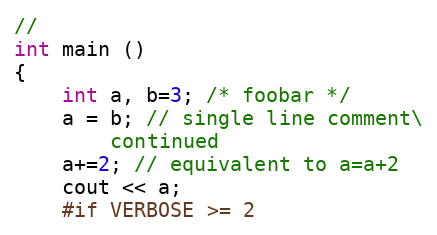
Language: C++
//
int main ()
{
    int a, b=3; /* foobar */
    a = b; // single line comment\
        continued
    a+=2; // equivalent to a=a+2
    cout << a;
    #if VERBOSE >= 2